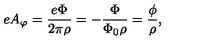
e A _ { \varphi } = { \frac { e \Phi } { 2 \pi \rho } } = - { \frac { \Phi } { \Phi _ { 0 } \rho } } = { \frac { \phi } { \rho } } ,